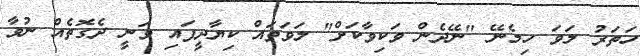
ހަތަރު ލަވަ ހިމެނޭ "ނޭދެން ވަކިވާކަށް" ލަވަތައް ކިޔާދީފައި ވަނީ ދެގޮތެއް ނުވާ